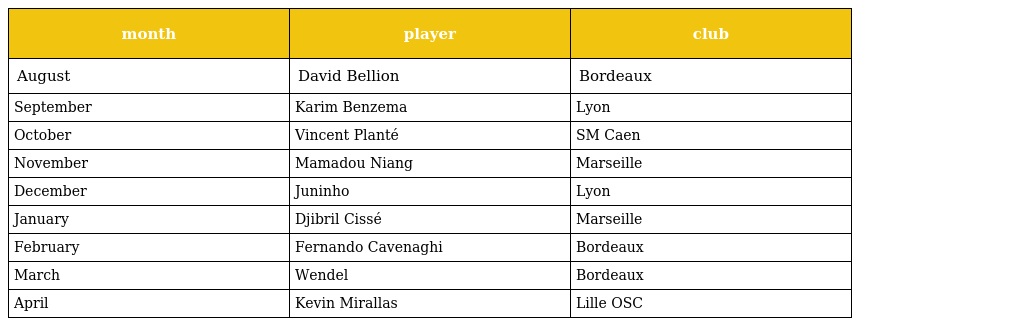
| month | player | club |
 | --- | --- | --- |
 | August | David Bellion | Bordeaux |
 | September | Karim Benzema | Lyon |
 | October | Vincent Planté | SM Caen |
 | November | Mamadou Niang | Marseille |
 | December | Juninho | Lyon |
 | January | Djibril Cissé | Marseille |
 | February | Fernando Cavenaghi | Bordeaux |
 | March | Wendel | Bordeaux |
 | April | Kevin Mirallas | Lille OSC |